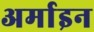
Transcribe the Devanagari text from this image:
अर्माइन